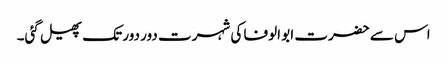
اس سے حضرت ابو الوفا کی شہرت دور دور تک پھیل گئی۔